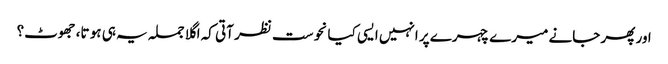
اور پھر جانے میرے چہرے پر انہیں ایسی کیا نحوست نظر آتی کہ اگلا جملہ یہ ہی ہو تا، جھوٹ؟